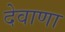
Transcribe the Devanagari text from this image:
देवाणा